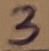
Text: 3